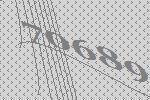
70689